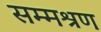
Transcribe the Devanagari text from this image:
सम्मश्रण